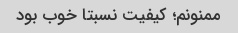
ممنونم؛ کیفیت نسبتا خوب بود